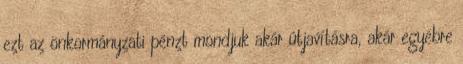
ezt az önkormányzati pénzt mondjuk akár útjavításra, akár egyébre